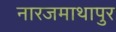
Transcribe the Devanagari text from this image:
नारजमाथापुर